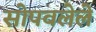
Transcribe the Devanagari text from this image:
सोपवलेले